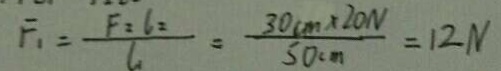
F _ { 1 } = \frac { F _ { 2 } l _ { 2 } } { l _ { 1 } } = \frac { 3 0 _ { c m } \times 2 0 N } { 5 0 c m } = 1 2 N